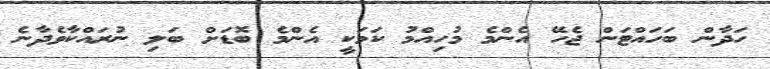
ހަދާން ބަހައްޓަން ޖެހޭ އެންމެ މުހިއްމު ކަމަކީ އެންމެ ބޮޑަށް ބަލި ނުރައްކާވެދާނެ